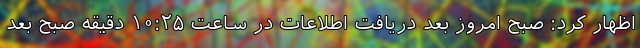
اظهار کرد: صبح امروز بعد دریافت اطلاعات در ساعت ۱۰:۲۵ دقیقه صبح بعد